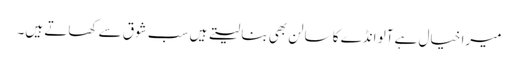
میرا خیال ہے آلو انڈے کا سالن بھی بنا لیتے ہیں سب شوق سے کھاتے ہیں۔